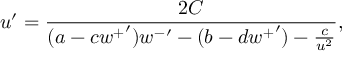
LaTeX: u ^ { \prime } = \frac { 2 C } { ( a - c { w ^ { + } } ^ { \prime } ) { w ^ { - } } ^ { \prime } - ( b - d { w ^ { + } } ^ { \prime } ) - \frac { c } { u ^ { 2 } } } ,